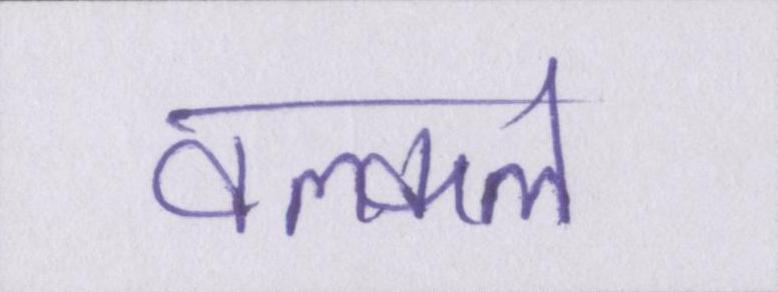
वल्कल